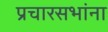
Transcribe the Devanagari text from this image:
प्रचारसभांना